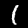
Label: 1